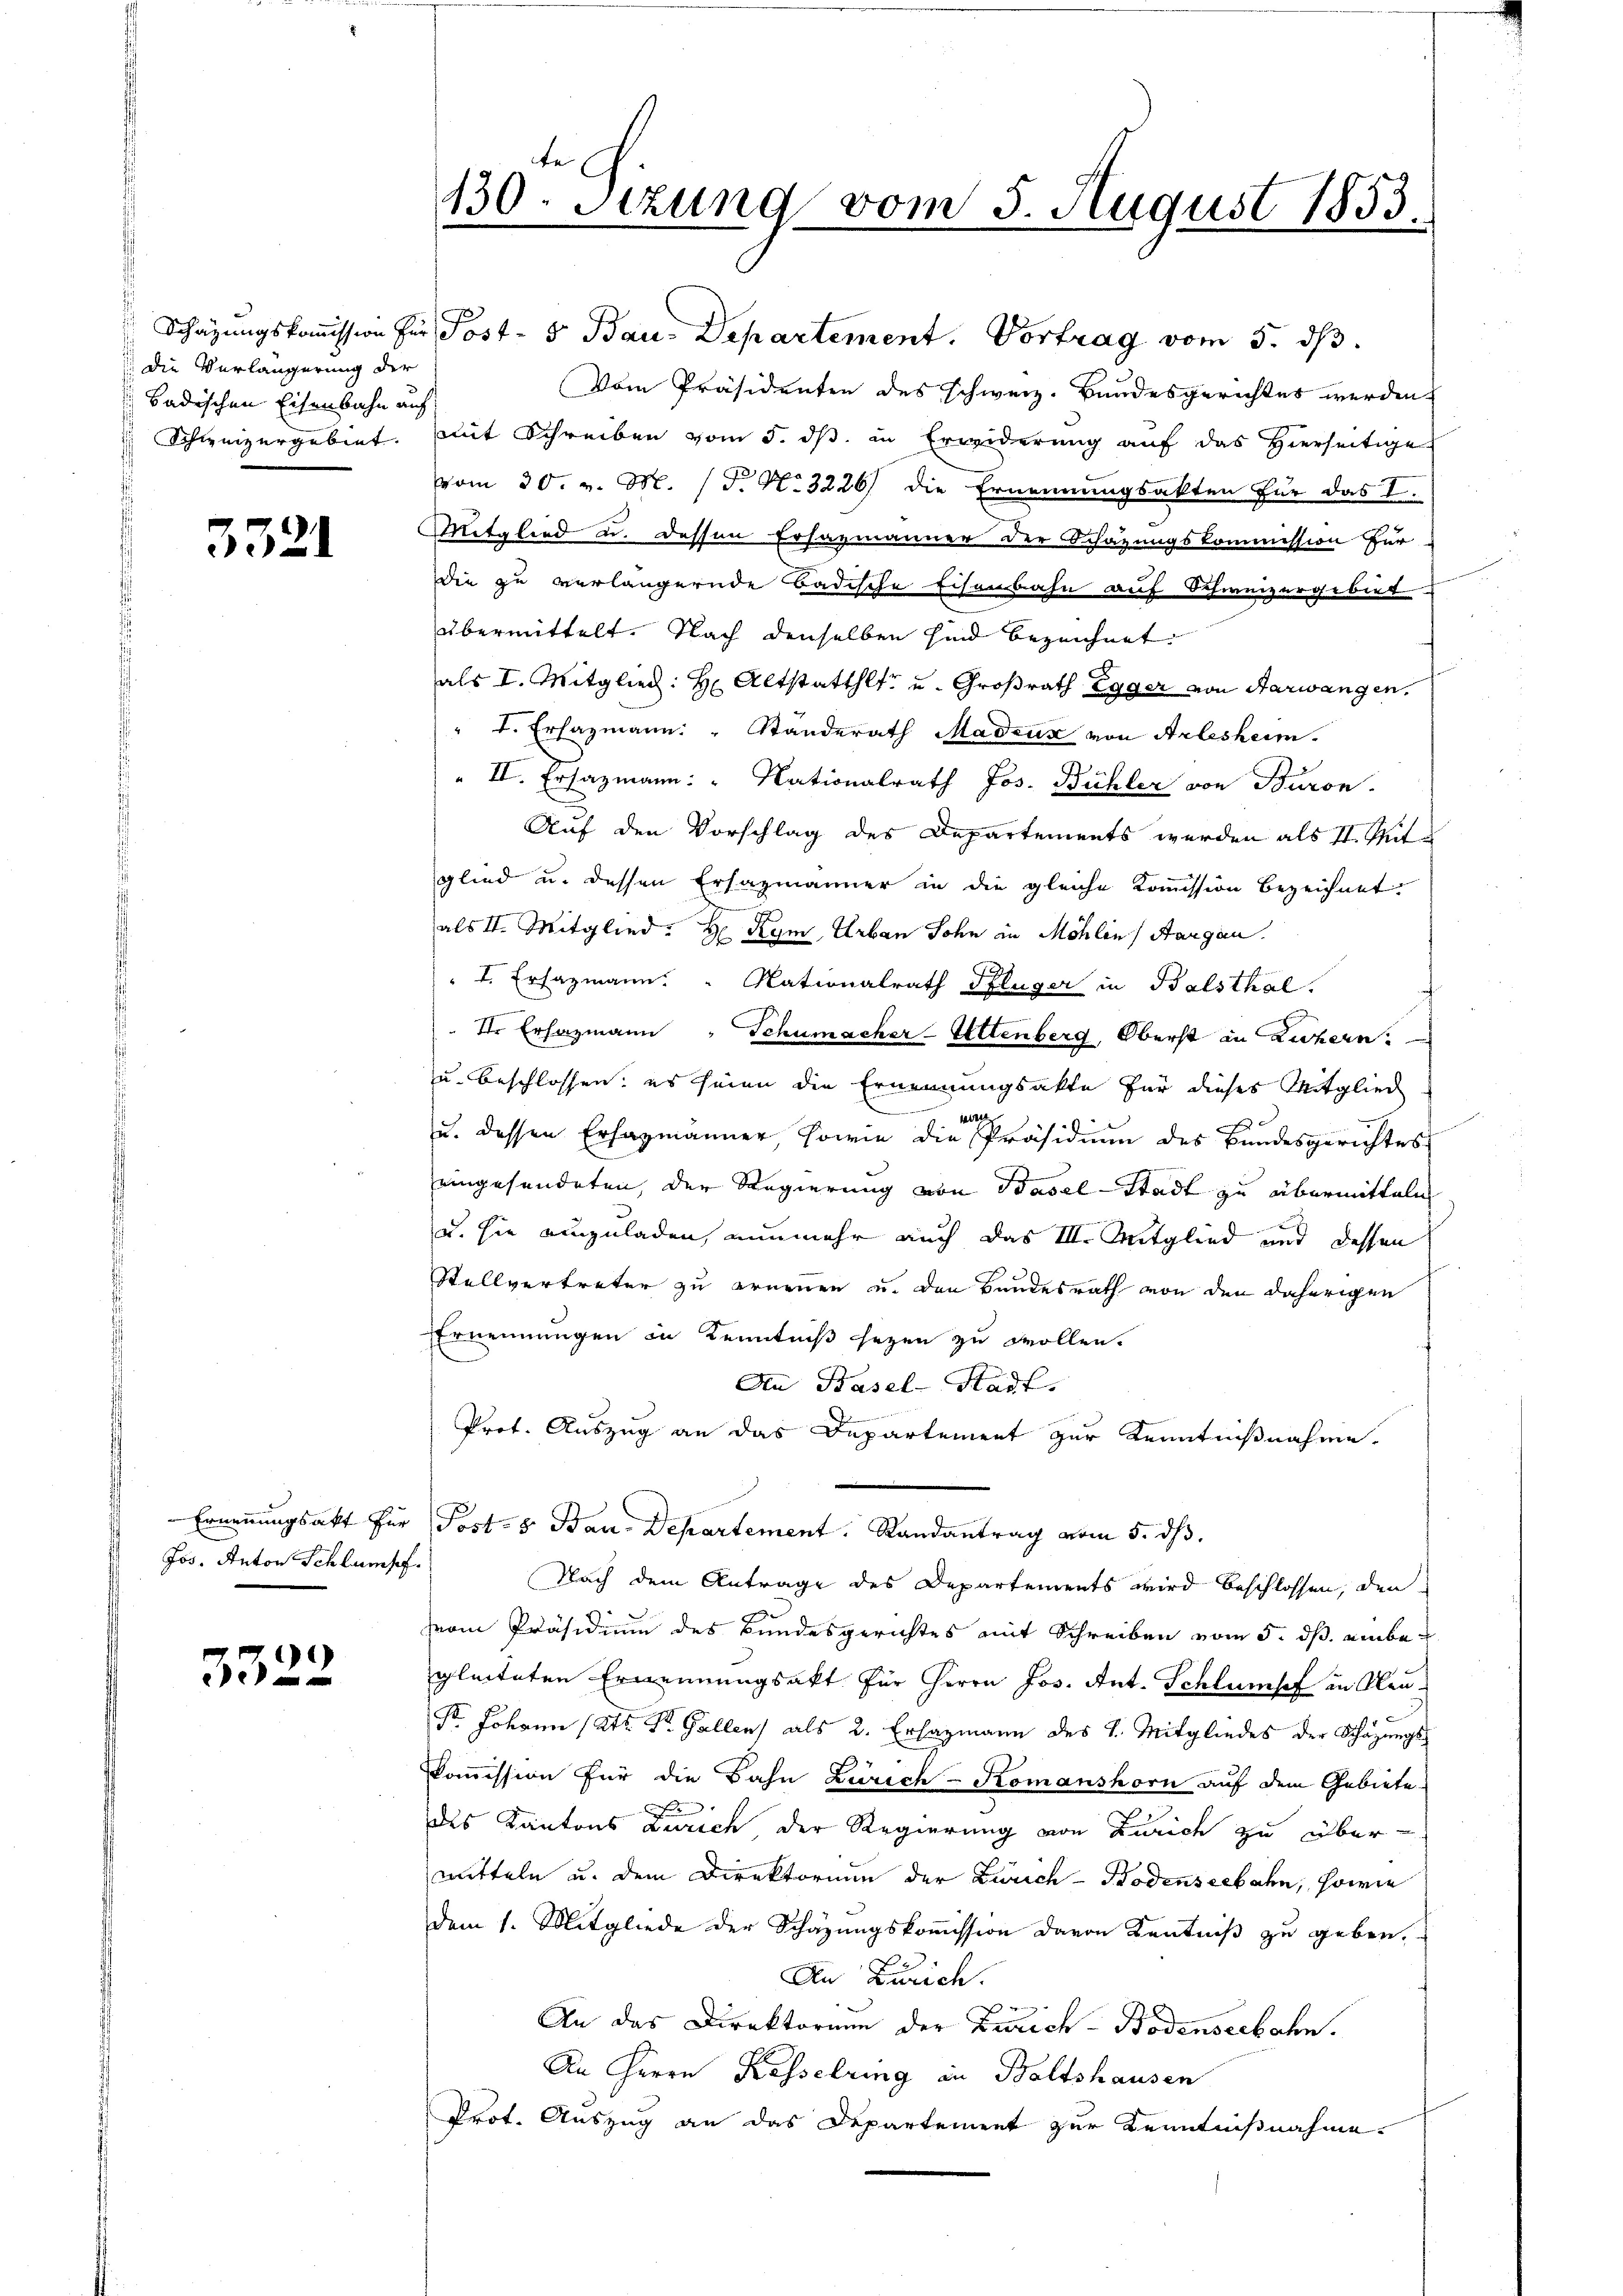
die Verlängerung der
Badischen Eisenbahn auf

3321

Jos. Anton Schlumpf.

)

130. Sitzung vom 5. August 1853.

Schazungskoṁission für Post- & Bau-Departement. Vortrag vom 5. dβ.
Vom Präsidenten des schweiz. Bundesgerichtes werden
Schweizergebiet. mit Schreiben vom 5. dß in Erwiderung auf das Hierseitige
vom 30. v. M. (T. N. 3226) die Ernennungsakten für das I.
Mitglied u. dessen Ersazmänner der Schazungskommission zur
Die zu verlängernde Badische Eisenbahn auf Schweizergebiet
übermittelt. Nach denselben sind bezeichnet.
als I. Mitglied: Hr. Altstatthlt u. Großrath Egger von Aarwangen.
" t. Ersazmann: " Standerath Madeux von Arlesheim.
" II. Ersazmann: " Nationalrath Jos. Bühler von Baron
Auf den Vorschlag des Departements werden als II. Seite
glied u. dessen Ersazmänner in die gleiche Kommission bezeichnet:
als II. Mitglied. H. Kym Urban Sohn in Möhlen, Aargau.
" I. Ersazmann: " Nationalrath Pflüger in Balsthal.
dr Erhazmann " Schumacher-Altenberg, Oberst in Zechern.
u. beschlossen; es seien die Ernennungsakte für dieses Mitglied
e
u. dessen Erhazmänner, sowie die Präsidium des Bundesgerichtes
eingesendeten, der Regierung von Basel-Stadt zu übermitteln
u. sie einzuladen, nunmehr auch das III. Mitglied und dessen
Stellvertreter zu ernennen u. den Bundesrath von den daherigen
Ernennungen in Kenntniß sezen zu wollen.
An Basel-Stadt.
Prot. Auszug an das Departement zur Kenntnißnahme,
Ernennungsakt für Post- & Bau-Departement. Randantrag vom 5. dß.
Nach dem Antrage des Departements wird beschlossen, den
eom Präsidium des Bundesgerichtes mit Schreiben vom 5. dß. einbegleiteten Ernennungsakt für Herrn Jos. Ant. Schlumpf in Neu¬
Fr. Johann (lt. Gallen, als 2. Erhagmann des L. Mitgliedes der Schazungs
Kommission für die Bahn Zürich - Komanshorn auf dem Gebiete
e
des Kantons Zürich, der Regierung von Zürich zu über-
mitteln u. dem Direktorium der Zürich-Bodenseebahn, sowie
dem 1. Mitgliede der Schazungskommission davon Kentniß zu geben,
An Zürich.
An das Direktorum der Zürich-Bodenseebahn.
An Herrn Kesselring in Baltshausen
Prot. Auszug an das Departement zur Kenntnißnahme.